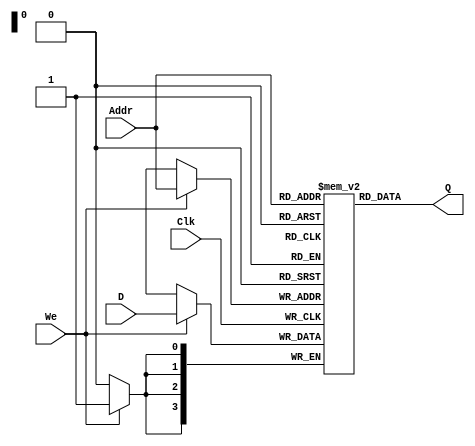
`timescale 1ns / 1ps

module ram16x4 (
    input [3:0] Addr,
    input [3:0] D,
    input We,
    input Clk,
    output [3:0] Q
);

reg [3:0] data [15:0];

assign Q = data[Addr];

always @(posedge Clk) begin
    if (We) begin
        data[Addr] <= D;
    end
end    
    
endmodule